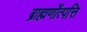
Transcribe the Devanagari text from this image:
ब्राह्मणोंत्पत्ति